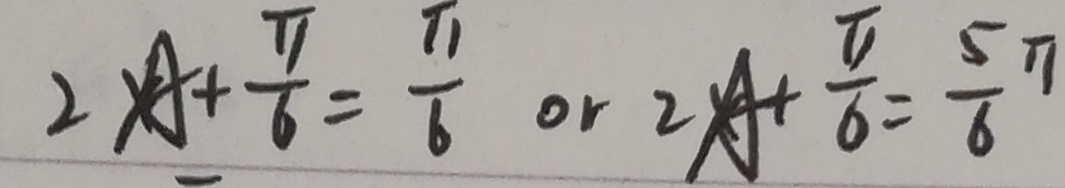
2 A + \frac { \pi } { 6 } = \frac { \pi } { 6 } o r 2 A + \frac { \pi } { 6 } = \frac { 5 } { 6 } \pi